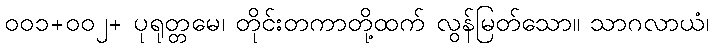
၀၀၁+၀၀၂+ ပုရုတ္တမေ၊ တိုင်းတကာတို့ထက် လွန်မြတ်သော။ သာဂလာယံ၊